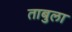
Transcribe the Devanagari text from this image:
ताबुला